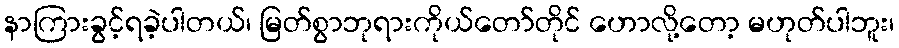
နာကြားခွင့်ရခဲ့ပါတယ်၊ မြတ်စွာဘုရားကိုယ်တော်တိုင် ဟောလို့တော့ မဟုတ်ပါဘူး၊